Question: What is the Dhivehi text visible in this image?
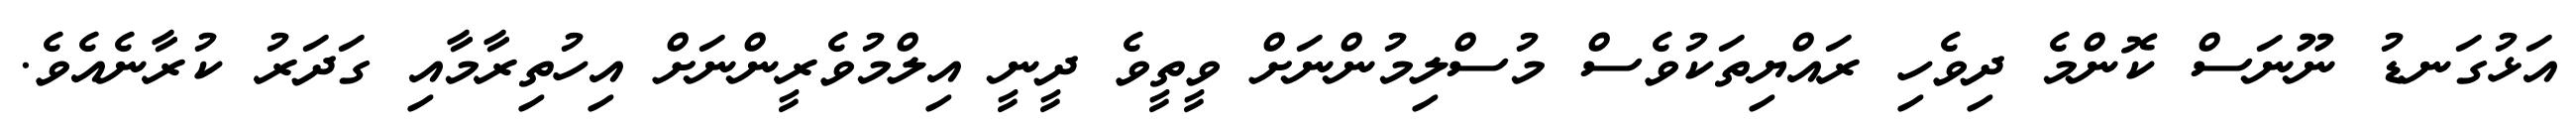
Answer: އަޅުގަނޑު ނޫނަސް ކޮންމެ ދިވެހި ރައްޔިތަކުވެސް މުސްލިމުންނަށް ވީތީވެ ދީނީ އިލްމުވެރީންނަށް އިހުތިރާމާއި ގަދަރު ކުރާނެއެވެ.